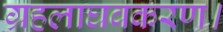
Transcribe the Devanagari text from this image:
ग्रहलाघवकरण।